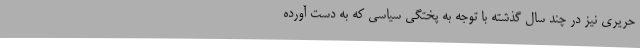
حریری نیز در چند سال گذشته با توجه به پختگی سیاسی که به دست آورده